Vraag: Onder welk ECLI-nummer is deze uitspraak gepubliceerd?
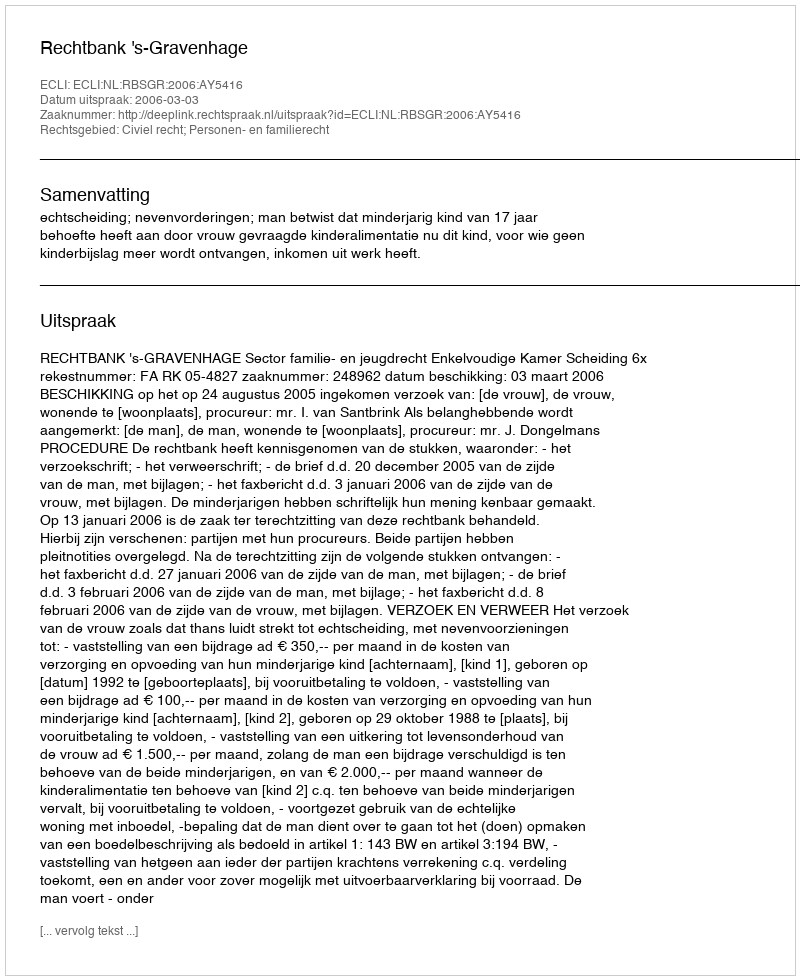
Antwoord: ECLI:NL:RBSGR:2006:AY5416